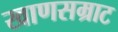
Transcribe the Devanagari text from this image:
खाणसम्राट